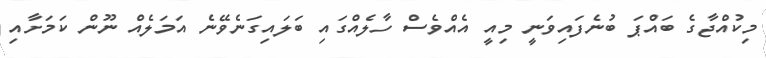
މިކުއްޖާގެ ބައްޕަ ބުނެފައިވަނީ މިއީ އެއްވެސް ހާލެއްގައި ބަލައިގަނެވޭނެ އަމަލެއް ނޫން ކަމަށާއި